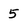
Character: 5